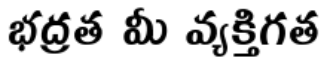
భద్రత మీ వ్యక్తిగత